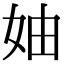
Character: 妯